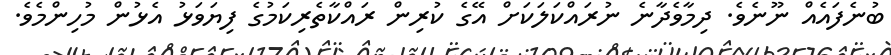
ބުނެފައެއް ނޫނެވެ. ދިމާވެދާނެ ނުރައްކަލަކަށް އޭގެ ކުރިން ރައްކާތެރިކަމުގެ ފިޔަވަޅު އެޅުން މުހިންމެވެ.